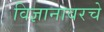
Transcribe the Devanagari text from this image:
विज्ञानावरचे